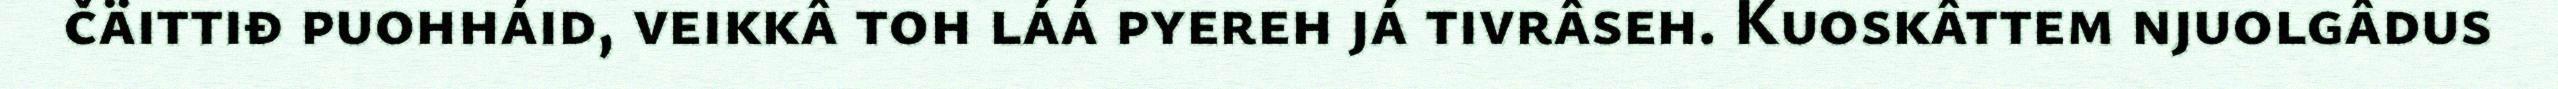
čäittiđ puohháid, veikkâ toh láá pyereh já tivrâseh. Kuoskâttem njuolgâdus